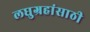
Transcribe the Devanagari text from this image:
लघुग्रहांसाठी